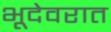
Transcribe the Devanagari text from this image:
भूदेवरात